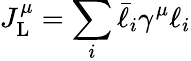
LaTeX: J_{\mathrm{L}}^{\mu}=\sum_{i}\bar{\ell}_{i}\gamma^{\mu}\ell_{i}